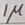
Text: 1µ